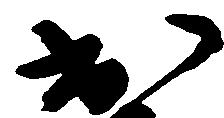
出